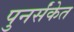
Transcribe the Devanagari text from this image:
पुनर्संकेत